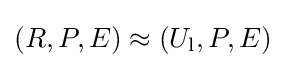
(R,P,E)\approx (U_{\mathrm {l} },P,E)